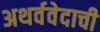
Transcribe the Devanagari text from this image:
अथर्ववेदाची